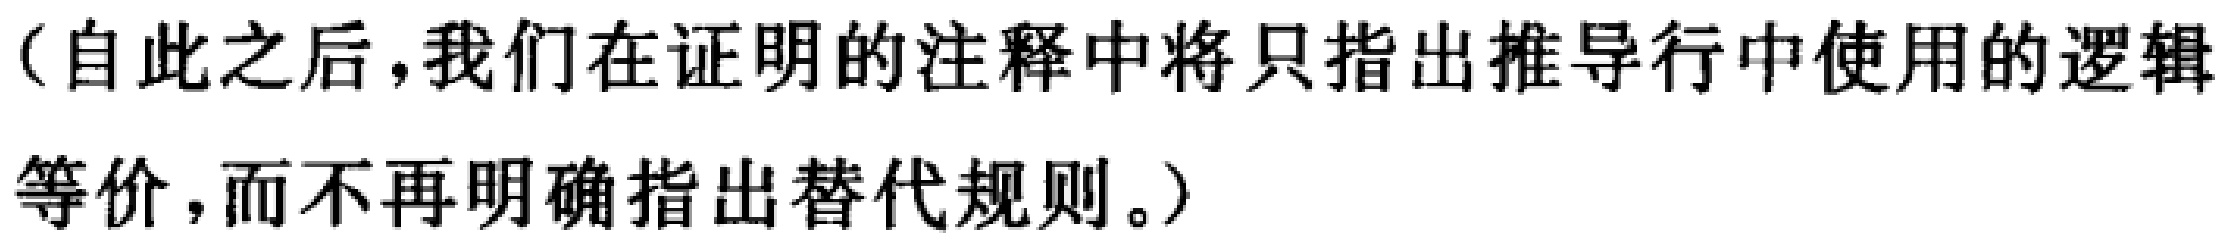
（自此之后，我们在证明的注释中将只指出推导行中使用的逻辑等价，而不再明确指出替代规则。）